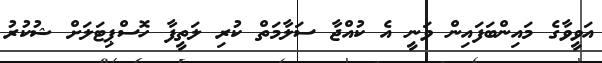
އަވީވާގެ މައިންބަފައިން ވަނީ އެ ކުއްޖާ ސަލާމަތް ކުރި ލަތީފާ ހޮސްޕިޓަލަށް ޝުކުރު